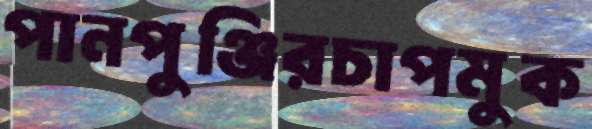
পানপুঞ্জিরচাপমুক